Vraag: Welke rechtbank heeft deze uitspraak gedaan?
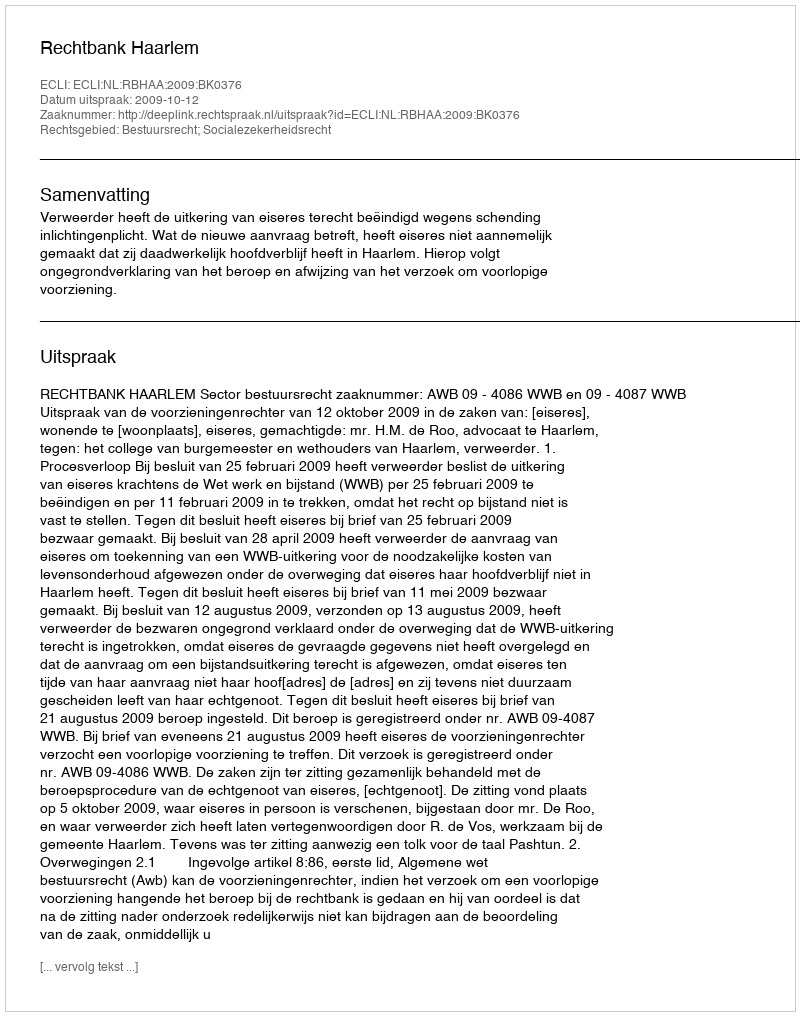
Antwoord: Rechtbank Haarlem